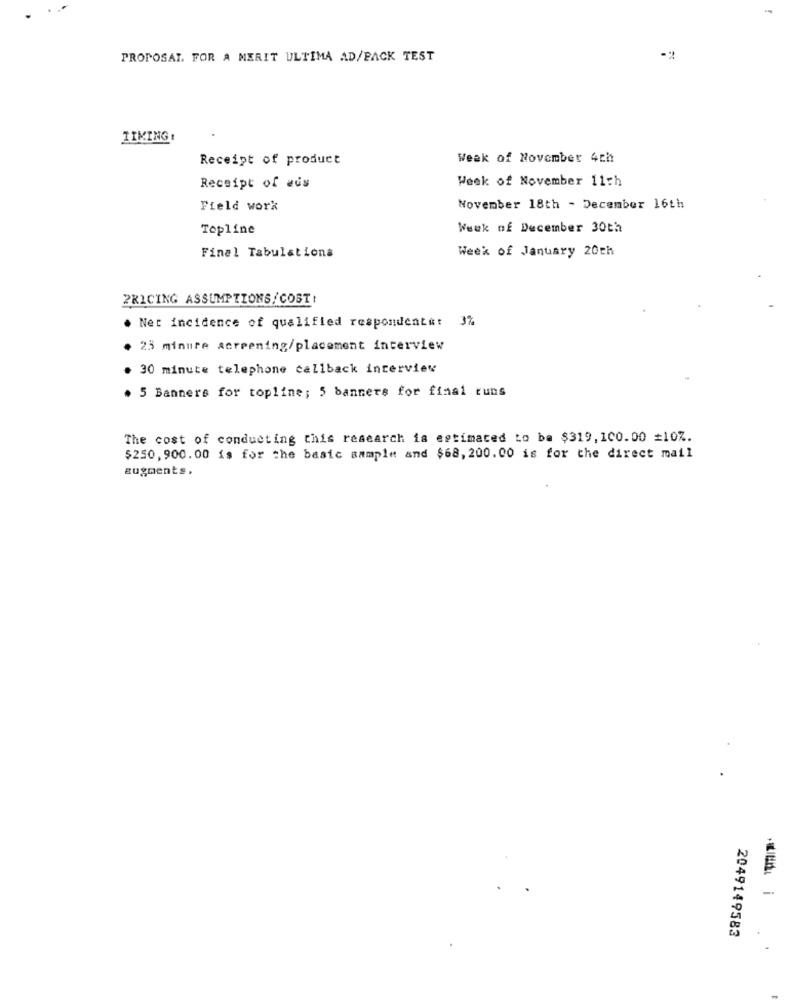
PROPOSAL. FOR A MERIT ULTIMA AD/PACK TEST
IIKING
Receipt of product
Week of November 4th
Week of November 11th
Receipt of aus
Field work
November 18th - December 16th
Topline
Week of December 30th
Final Tabulations
Week of January 20th
PRICING ASSUMPTIONS/ COST!
. Net incidence of qualified respondents: 3%
23 minure screening/placement interview
. 30 minute telephone callback interview
. 5 Banners for topline; 5 banners for final runs
The cost of conducting this research is estimated to ba $319,100.00 =107.
$250,900.00 is for the basic sample and $68, 200.00 is for the direct mail
augments.
-
2049149583